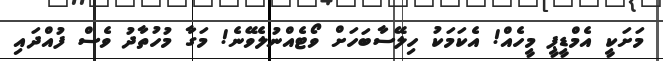
މަށަކީ އެމްޑީޕީ މީހެއް! އެކަމަކު ހިލޭސާބަހަށް ވޯޓެއްނުލެވޭނެ! މަގާ މުހުތާދު ވެސް ފުއްދައި